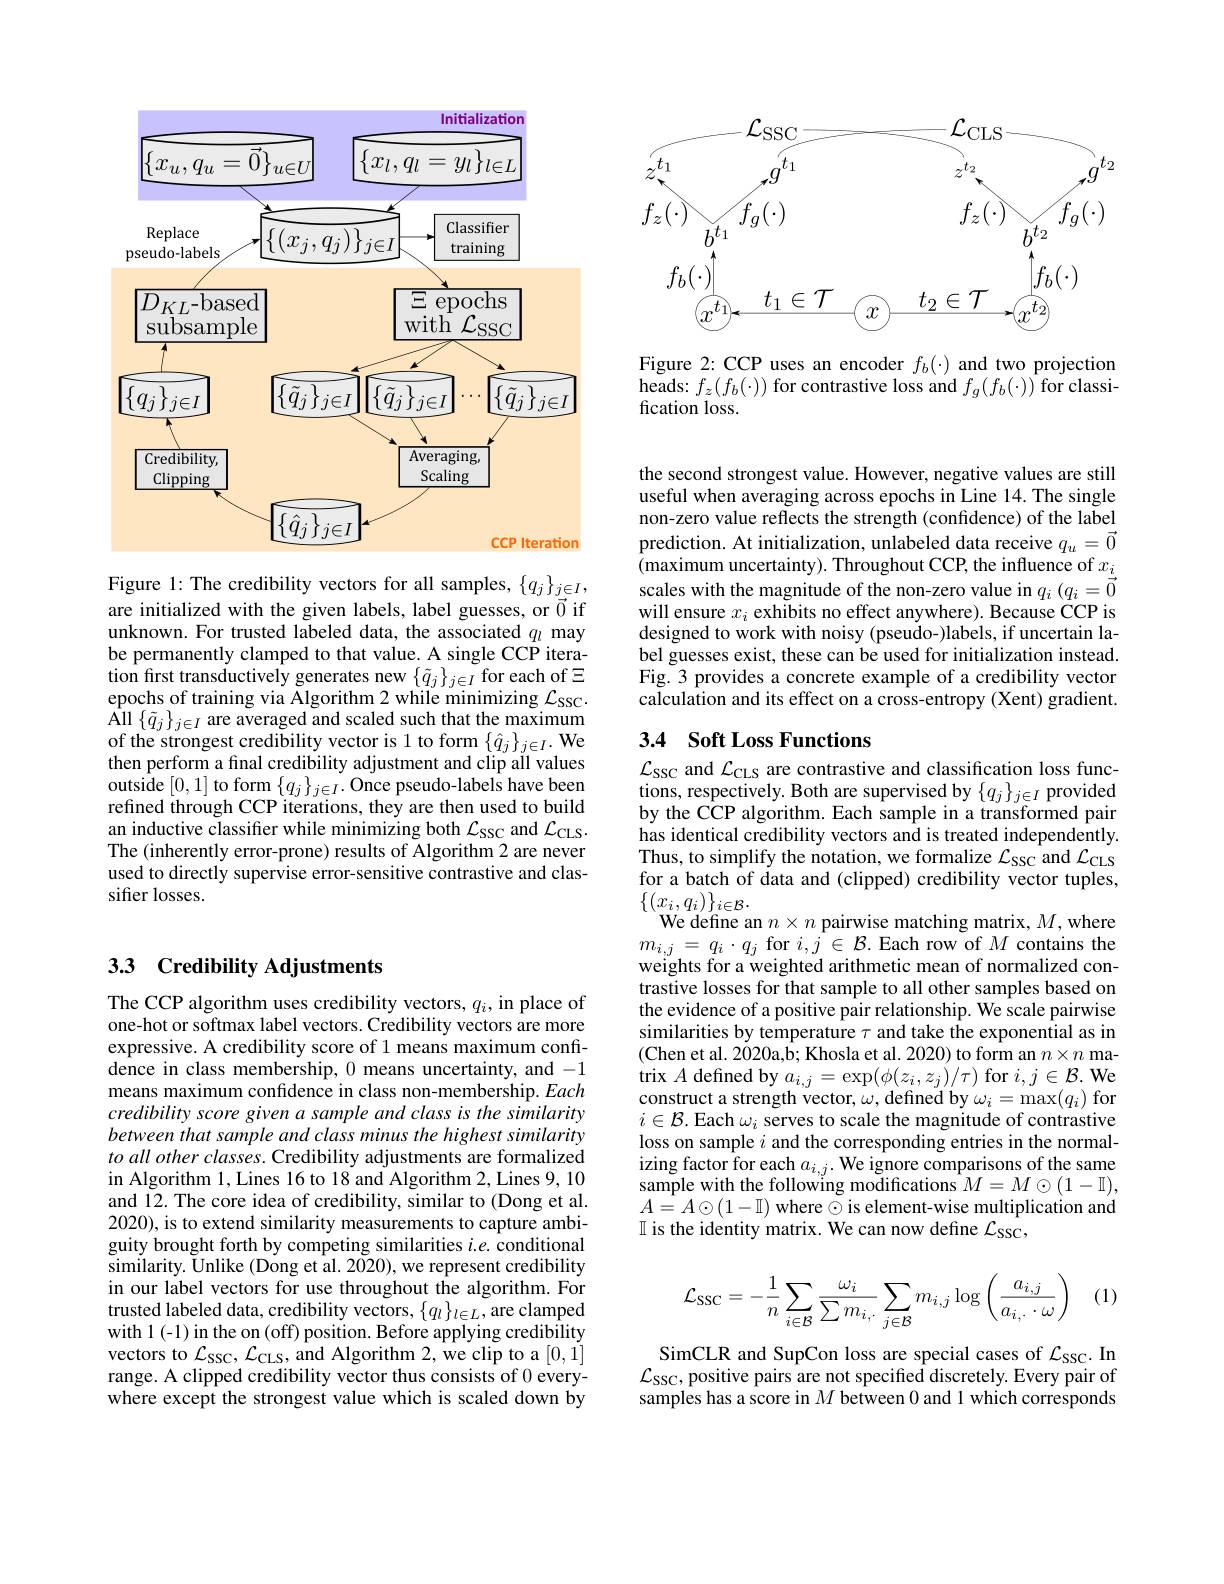
<FigureHere>

Figure 2: CCP uses an encoder $f_b(\cdot)$ and two projection $\begin{array}{l}{\mathrm{heads:~}f_{z}(f_{b}(\cdot))\text{ for contrastive loss and }f_{g}(f_{b}(\cdot))\text{ for classi-}}\\{\mathrm{fication~loss.}}\end{array}$

<FigureHere>

Figure 1: The credibility vectors for all samples, $\{q_j\}_{\vec{j}\in I}$, are initialized with the given labels, label guesses, or $\vec{0}$ if unknown. For trusted labeled data, the associated $q_l$ may be permanently clamped to that value. A single CCP iteration first transductively generates new $\{ \tilde{q} _{j}\} _{j\in I}$ for each of$\Xi$ epochs of training via Algorithm 2 while minimizing $\mathcal{L} _{\mathrm{SSC}}.$ $\hat{\mathrm{All}}\left\{\tilde{q}_{j}\right\}_{j\in I}$ are averaged and scaled such that the maximum of the strongest credibility vector is 1 to form $\{\hat{q}_j\}_{j\in I}.$ We then perform a final credibility adjustment and clip all values outside [0,1] to form $\{q_j\}_{j\in I}.$ Once pseudo-labels have been refined through CCP iterations, they are then used to build an inductive classifier while minimizing both $\mathcal{L}_{\mathrm{SSC}}$ and $\mathcal{L}_{\mathrm{CLS}}.$ The (inherently error-prone) results of Algorithm 2 are never used to directly supervise error-sensitive contrastive and classifier losses.

## 33 Credibility Adjustments

The CCP algorithm uses credibility vectors, $q_i$, in place of one-hot or softmax label vectors. Credibility vectors are more expressive. A credibility score of 1 means maximum confi- $\hat{\text{dence in class membership, }0}$ means uncertainty, and -1 means maximum confidence in class non-membership. Each credibility score given a sample and class is the similarity between that sample and class minus the highest similarity to all other classes. Credibility adjustments are formalized in Algorithm 1, Lines 16 to 18 and Algorithm 2, Lines 9, 10 and 12. The core idea of credibility, similar to (Dong et al. 2020), is to extend similarity measurements to capture ambiguity brought forth by competing similarities $i.e.$ conditional similarity. Unlike $(\dot{\text{Dong et al.2020),we represent credibility}}$ in our label vectors for use throughout the algorithm. For trusted labeled data, credibility vectors, $\{q_l\}_{l\in L}$, are clamped with 1(-1) in the on (off) position. Before applying credibility vectors to $\mathcal{L}_{\mathrm{SSC}},\mathcal{L}_{\mathrm{CLS}}$, and Algorithm 2, we clip to a [0,1] range. A clipped credibility vector thus consists of 0 everywhere except the strongest value which is scaled down by

the second strongest value. However, negative values are still useful when averaging across epochs in Line 14. The single non-zero value reflects the strength (confidence) of the label prediction. At initialization, unlabeled data receive $q_u=\vec{0}$ (maximum uncertainty). Throughout CCP, the influence of $x_i$ scales with the magnitude of the non-zero value in $q_i\left(q_{i}=\vec{0}\right.$ will ensure $x_i$ exhibits no effect anywhere). Because CCP is designed to work with noisy (pseudo-)labels, if uncertain label guesses exist, these can be used for initialization instead. Fig. 3 provides a concrete example of a credibility vector calculation and its effect on a cross-entropy (Xent) gradient.

## 3.4 Soft Loss Functions

$\mathcal{L}_{\mathrm{SSC}}$ and $\mathcal{L}_\mathrm{CLS}$ are contrastive and classification loss functions, respectively. Both are supervised by $\{q_j\}_{j\in I}$ provided by the CCP algorithm. Each sample in a transformed pair has identical credibility vectors and is treated independently. Thus, to simplify the notation, we formalize $\mathcal{L}_\mathrm{SSC}$ and $\mathcal{L}_\mathrm{CLS}$ for a batch of data and (clipped) credibility vector tuples, $\{(x_{i},q_{i})\}_{i\in\mathcal{B}}.$
We define an $n\times n$ pairwise matching matrix, $M$,where $m_{i,j}=q_{i}\cdot q_{j}$ for $i,j\in\mathcal{B}.$Each row of $M$ contains the weights for a weighted arithmetic mean of normalized contrastive losses for that sample to all other samples based on the evidence of a positive pair relationship. We scale pairwise similarities by temperature $\tau$ and take the exponential as in (Chen et al. 2020a,b; Khosla et al. 2020) to form an $n\times n$ matrix $A$ defined by $a_i,j=\exp(\phi(z_i,z_j)/\tau)$ for $i,j\in\mathcal{B}.$ We construct a strength vector, $\omega$, defined by $\omega_i=\max(q_i)$ for $i\in\mathcal{B}$. Each $\omega_i$ serves to scale the magnitude of contrastive loss on sample $i$ and the corresponding entries in the normal- $\operatorname{izing}\operatorname{factor}\operatorname{for}$each$a_i,j.\operatorname{We}\operatorname{ignore}\operatorname{comparisons}\operatorname{of}$the same sample with the following modifications $M=M\odot(1-\mathbb{I})$, $A=A\odot(1-\mathbb{I})$ where $\odot$ is element-wise multiplication and $\mathbb{I}$ is the identity matrix. We can now define $\mathcal{L}_\mathrm{SSC}$,

(1)
$$\mathcal{L}_{\mathrm{SSC}}=-\frac{1}{n}\sum_{i\in\mathcal{B}}\frac{\omega_{i}}{\sum m_{i,\cdot}}\sum_{j\in\mathcal{B}}m_{i,j}\log\left(\frac{a_{i,j}}{a_{i,\cdot}\cdot\omega}\right)$$
SimCLR and SupCon loss are special cases of $\mathcal{L}_\mathrm{SSC}.$ In $\mathcal{L}_{\mathrm{SSC}}$, positive pairs are not specified discretely. Every pair of samples has a score in $M$ between 0 and 1 which corresponds